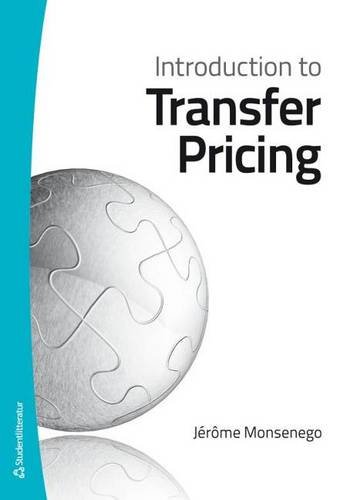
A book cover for Introduction to Transfer Pricing; Jerome Monsenego; Law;